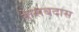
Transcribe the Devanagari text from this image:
केसबदास